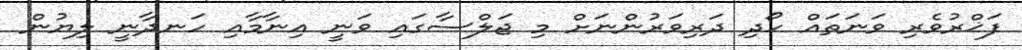
ފަޚްރުވެރި ވަނަތައް ހޯދި ދަރިވަރުންނަށް މި ޖަލްސާގައި ވަނީ އިނާމާއި ހަނދާނީ ލިޔުން